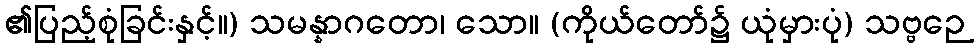
၏ပြည့်စုံခြင်းနှင့်။) သမန္နာဂတော၊ သော။ (ကိုယ်တော်၌ ယုံမှားပုံ) သဗ္ဗဉေ